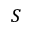
S